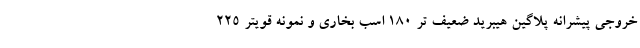
خروجی پیشرانه پلاگین هیبرید ضعیف تر 180 اسب بخاری و نمونه قویتر 225